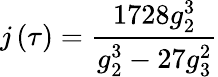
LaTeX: j\left(\tau\right)={\frac{1728g_{2}^{3}}{g_{2}^{3}-27g_{3}^{2}}}